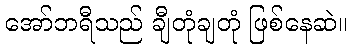
အော်ဘရီသည် ချီတုံချတုံ ဖြစ်နေဆဲ။